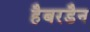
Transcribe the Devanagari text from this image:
हैबरडैन